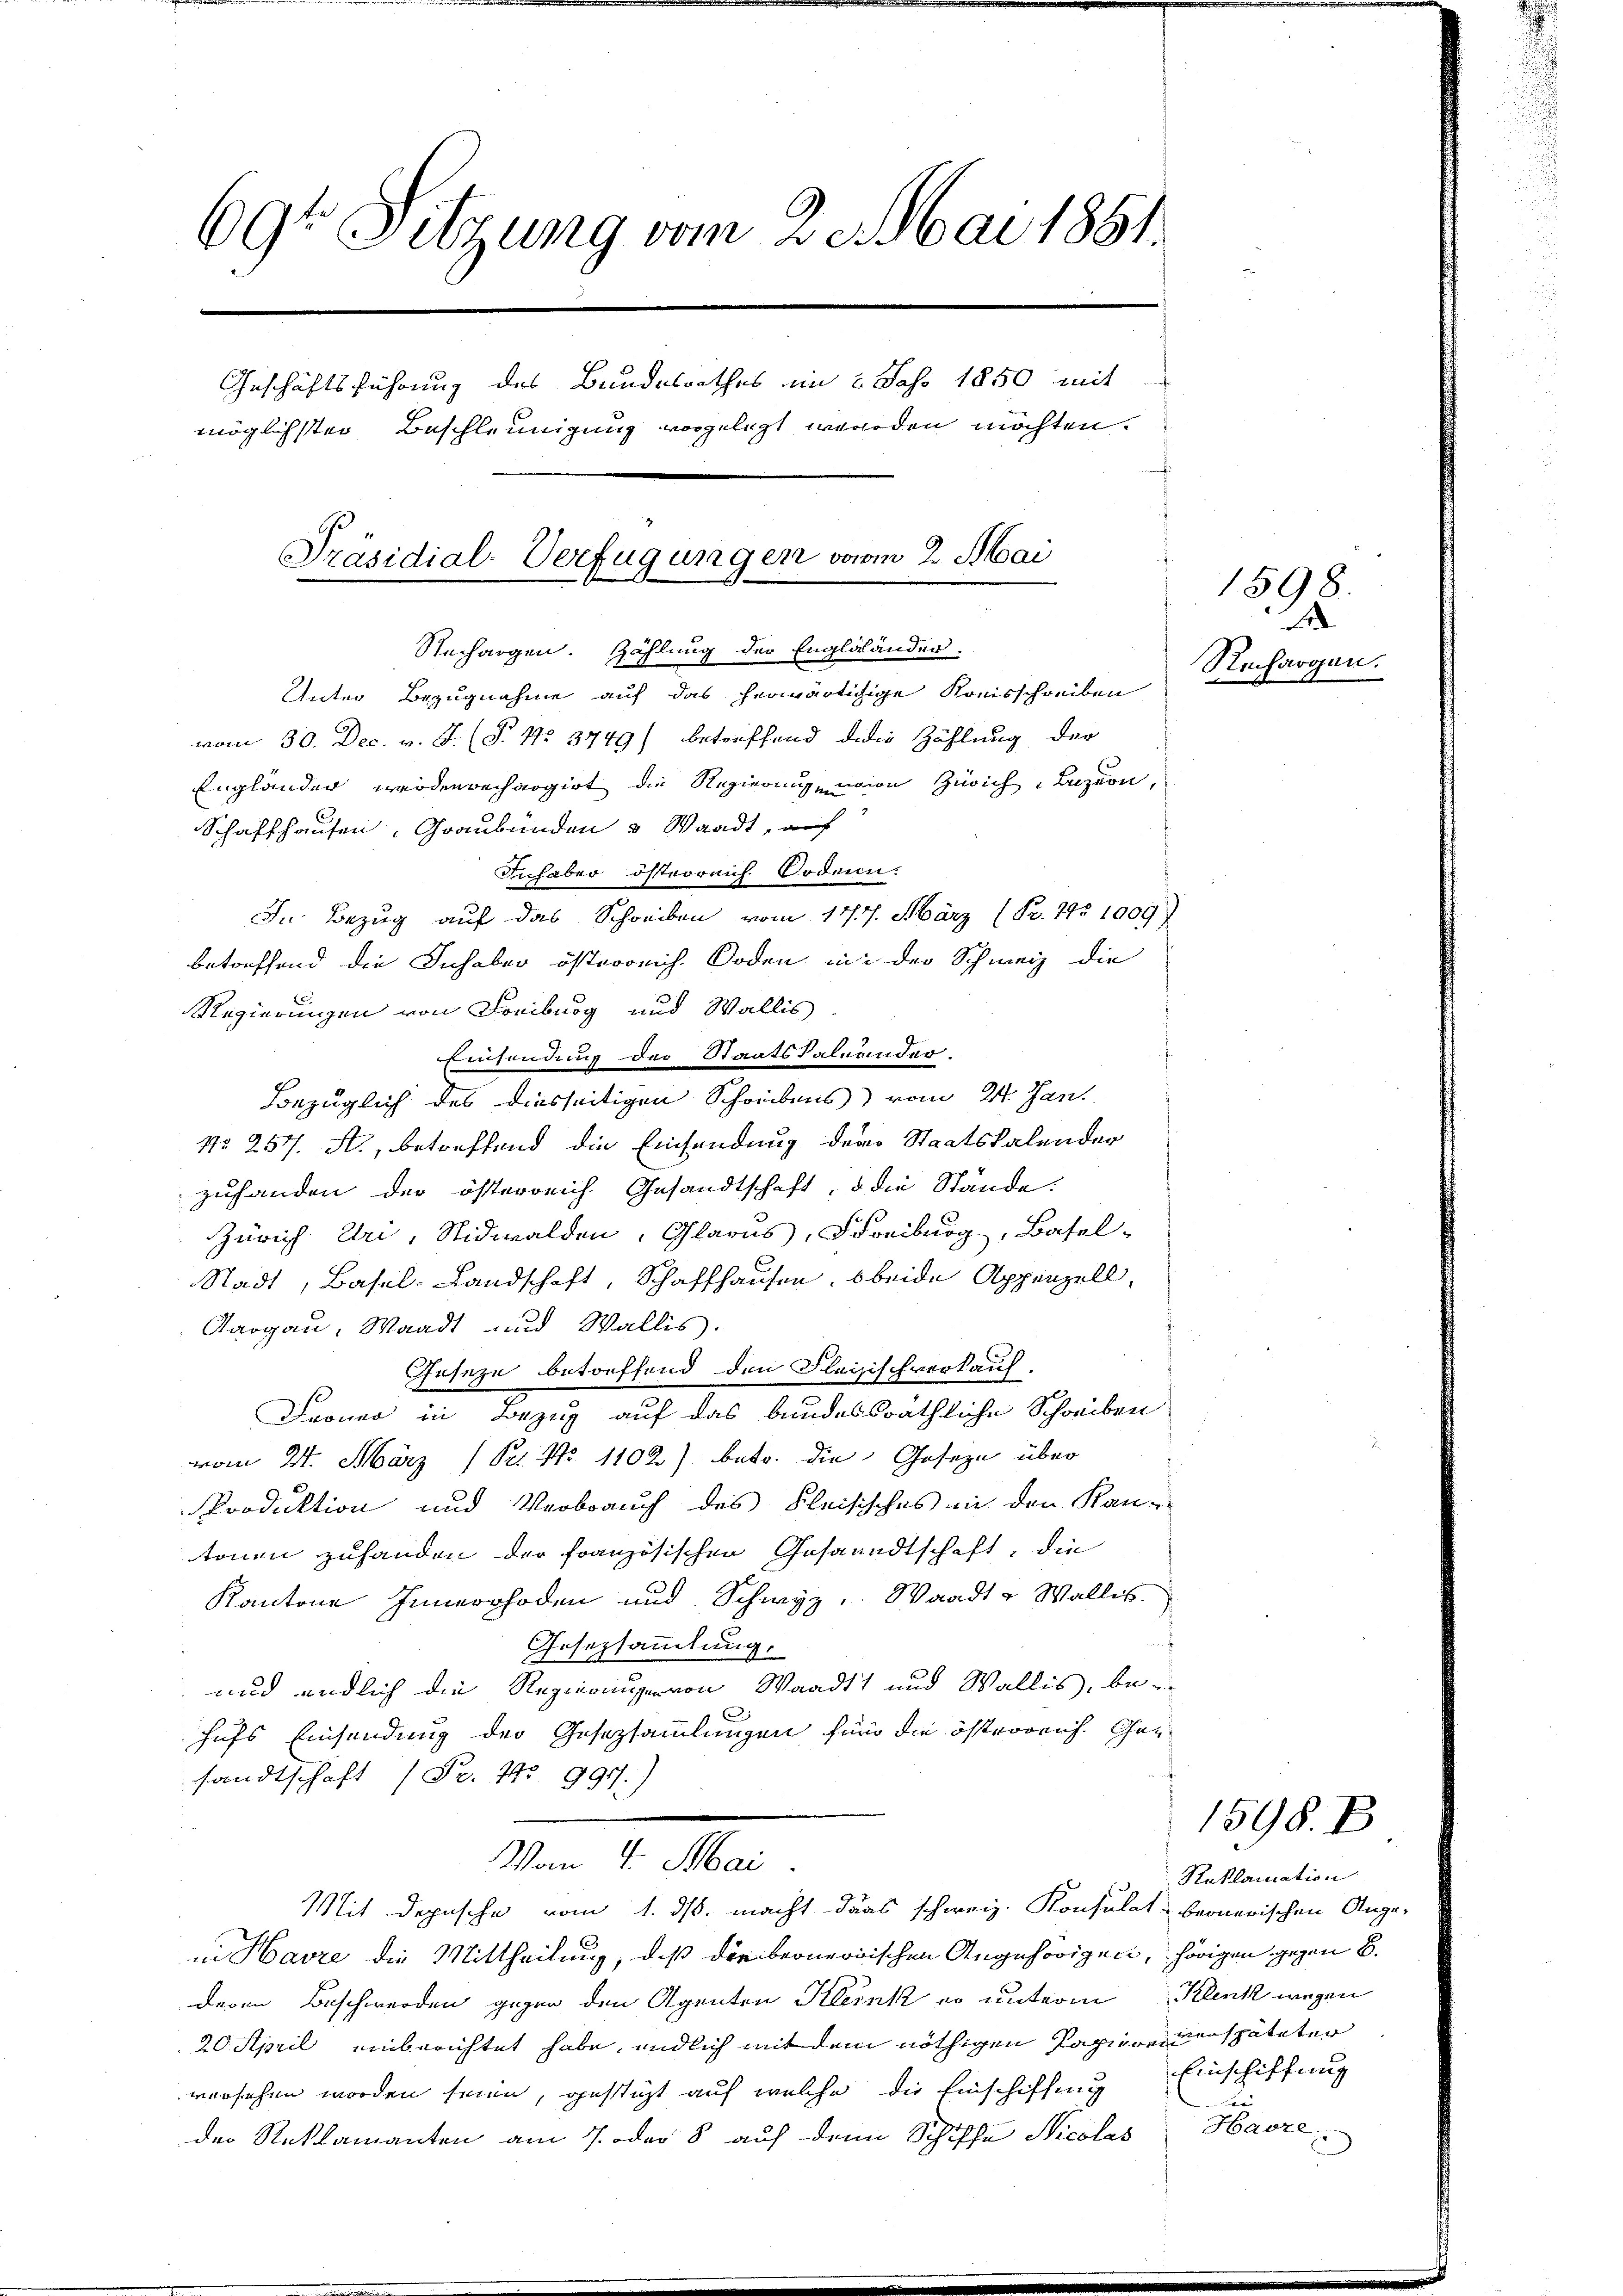
69te Sitzung vom 2. Mai 1851.
Geschäftsführung des Bundesrathes im 2 Jahr 1850 mit
möglichster Beschleunigung vorgelegt werden möchten.
Präsidial-Verfügungen vom 2. Mai
Stechargen. Zahlung der Engläländer.
Unter Bezugnahme auf das herwärtigige Kreisschreiben
vom 30. Dec. v. J. (T. No 3749) betreffend die Zählung der
Engländer werdenbechargirt die Regierung von Zürich, Luzern,
Schaffhausen, Graubünden & Waadt, auf
Inhaber österreich. Orden.
In Bezug auf das Schreiben vom 1777. März (Pr. 195 1009).

betreffend die Inhaber österreich. Boden in der Schweiz die
Regierungen von Freiburg und Wallis
Einsendung der Staatskaleander.
Bezüglich des diesseitigen Schreibens) vom 24. Jan.
No 257. A., betreffend die Einsendung der Staatskalender
zuhanden der österreich. Gesandtschaft, u die Stände.
Zürich Uri, Nidwalden, Glarus, Freiburg, Basel-
Stadt, Basel-Landschaft, Schaffhausen, 6 beide Appenzell,
Aargau, Waadt und Wallis.
Geseze betreffend den Fleisischverkauf.
Froner in Bezug auf das bundessräthliche Schreiben
vom 21. März (St. No 1102) betr. die Geseze über
Produktion und Verbrauch des Fleisisches in den Kantonen zuhanden der französischen Gesandtschaft, die
Kantone Innerrhoden und Schwyz, Waadt u Wallis
f
Gesezsammlung.
und endlich die Regierungen von Waadt und Wallis, bei
hufs Einsendung der Gesetzsammlungen find die österreich. Gen
sandtschaft (Fr. No 997.)
Vom 4. Mai
Mit Depesche vom 1. ds. macht dans schweiz. Konsulat beonarischen Angein Havre die Mittheilung, daß die beoneodischen Angehörigen, hörigen gegen 8.
deren Beschwerden gegen den Agenten Kleink er unterm Klenk wegen
20. April einberichtet habe, endlich mit dem nöthigen Papieren späteter
versehen worden seien, gesteht auf welche die Einschiffung
der Reklamanten am 7. oder 8 auf denn Schiffe Nicolas Havre

x
Rechargen.

Reklamation
Einschiffung
d

1598.

1598. B